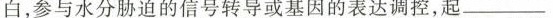
白，参与水分胁迫的信号转导或基因的表达调控，起________